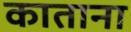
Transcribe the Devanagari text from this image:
काताना